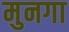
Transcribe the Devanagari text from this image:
मुनगा